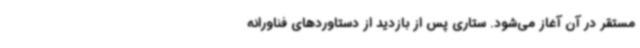
مستقر در آن آغاز می‌شود. ستاری پس از بازدید از دستاوردهای فناورانه